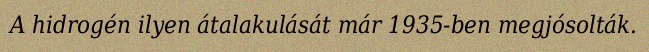
A hidrogén ilyen átalakulását már 1935-ben megjósolták.